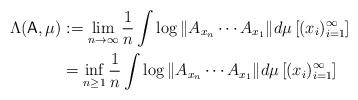
LaTeX: \begin{align*}\Lambda(\mathsf{A},\mu)&:=\lim_{n\to\infty}\frac{1}{n}\int \log\|A_{x_n}\cdots A_{x_1}\|d\mu\left[(x_i)_{i=1}^\infty\right]\\&=\inf_{n \geq 1}\frac{1}{n}\int \log\|A_{x_n}\cdots A_{x_1}\|d\mu\left[(x_i)_{i=1}^\infty\right]\end{align*}